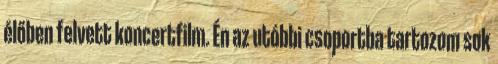
élőben felvett koncertfilm. Én az utóbbi csoportba tartozom sok